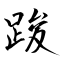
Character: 踆